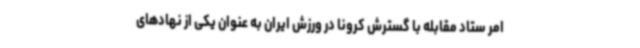
امر ستاد مقابله با گسترش کرونا در ورزش ایران به عنوان یکی از نهادهای